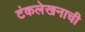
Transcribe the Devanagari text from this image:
टंकलेखनाची